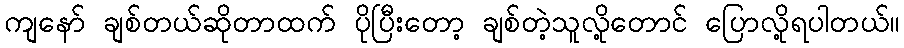
ကျနော် ချစ်တယ်ဆိုတာထက် ပိုပြီးတော့ ချစ်တဲ့သူလို့တောင် ပြောလို့ရပါတယ်။